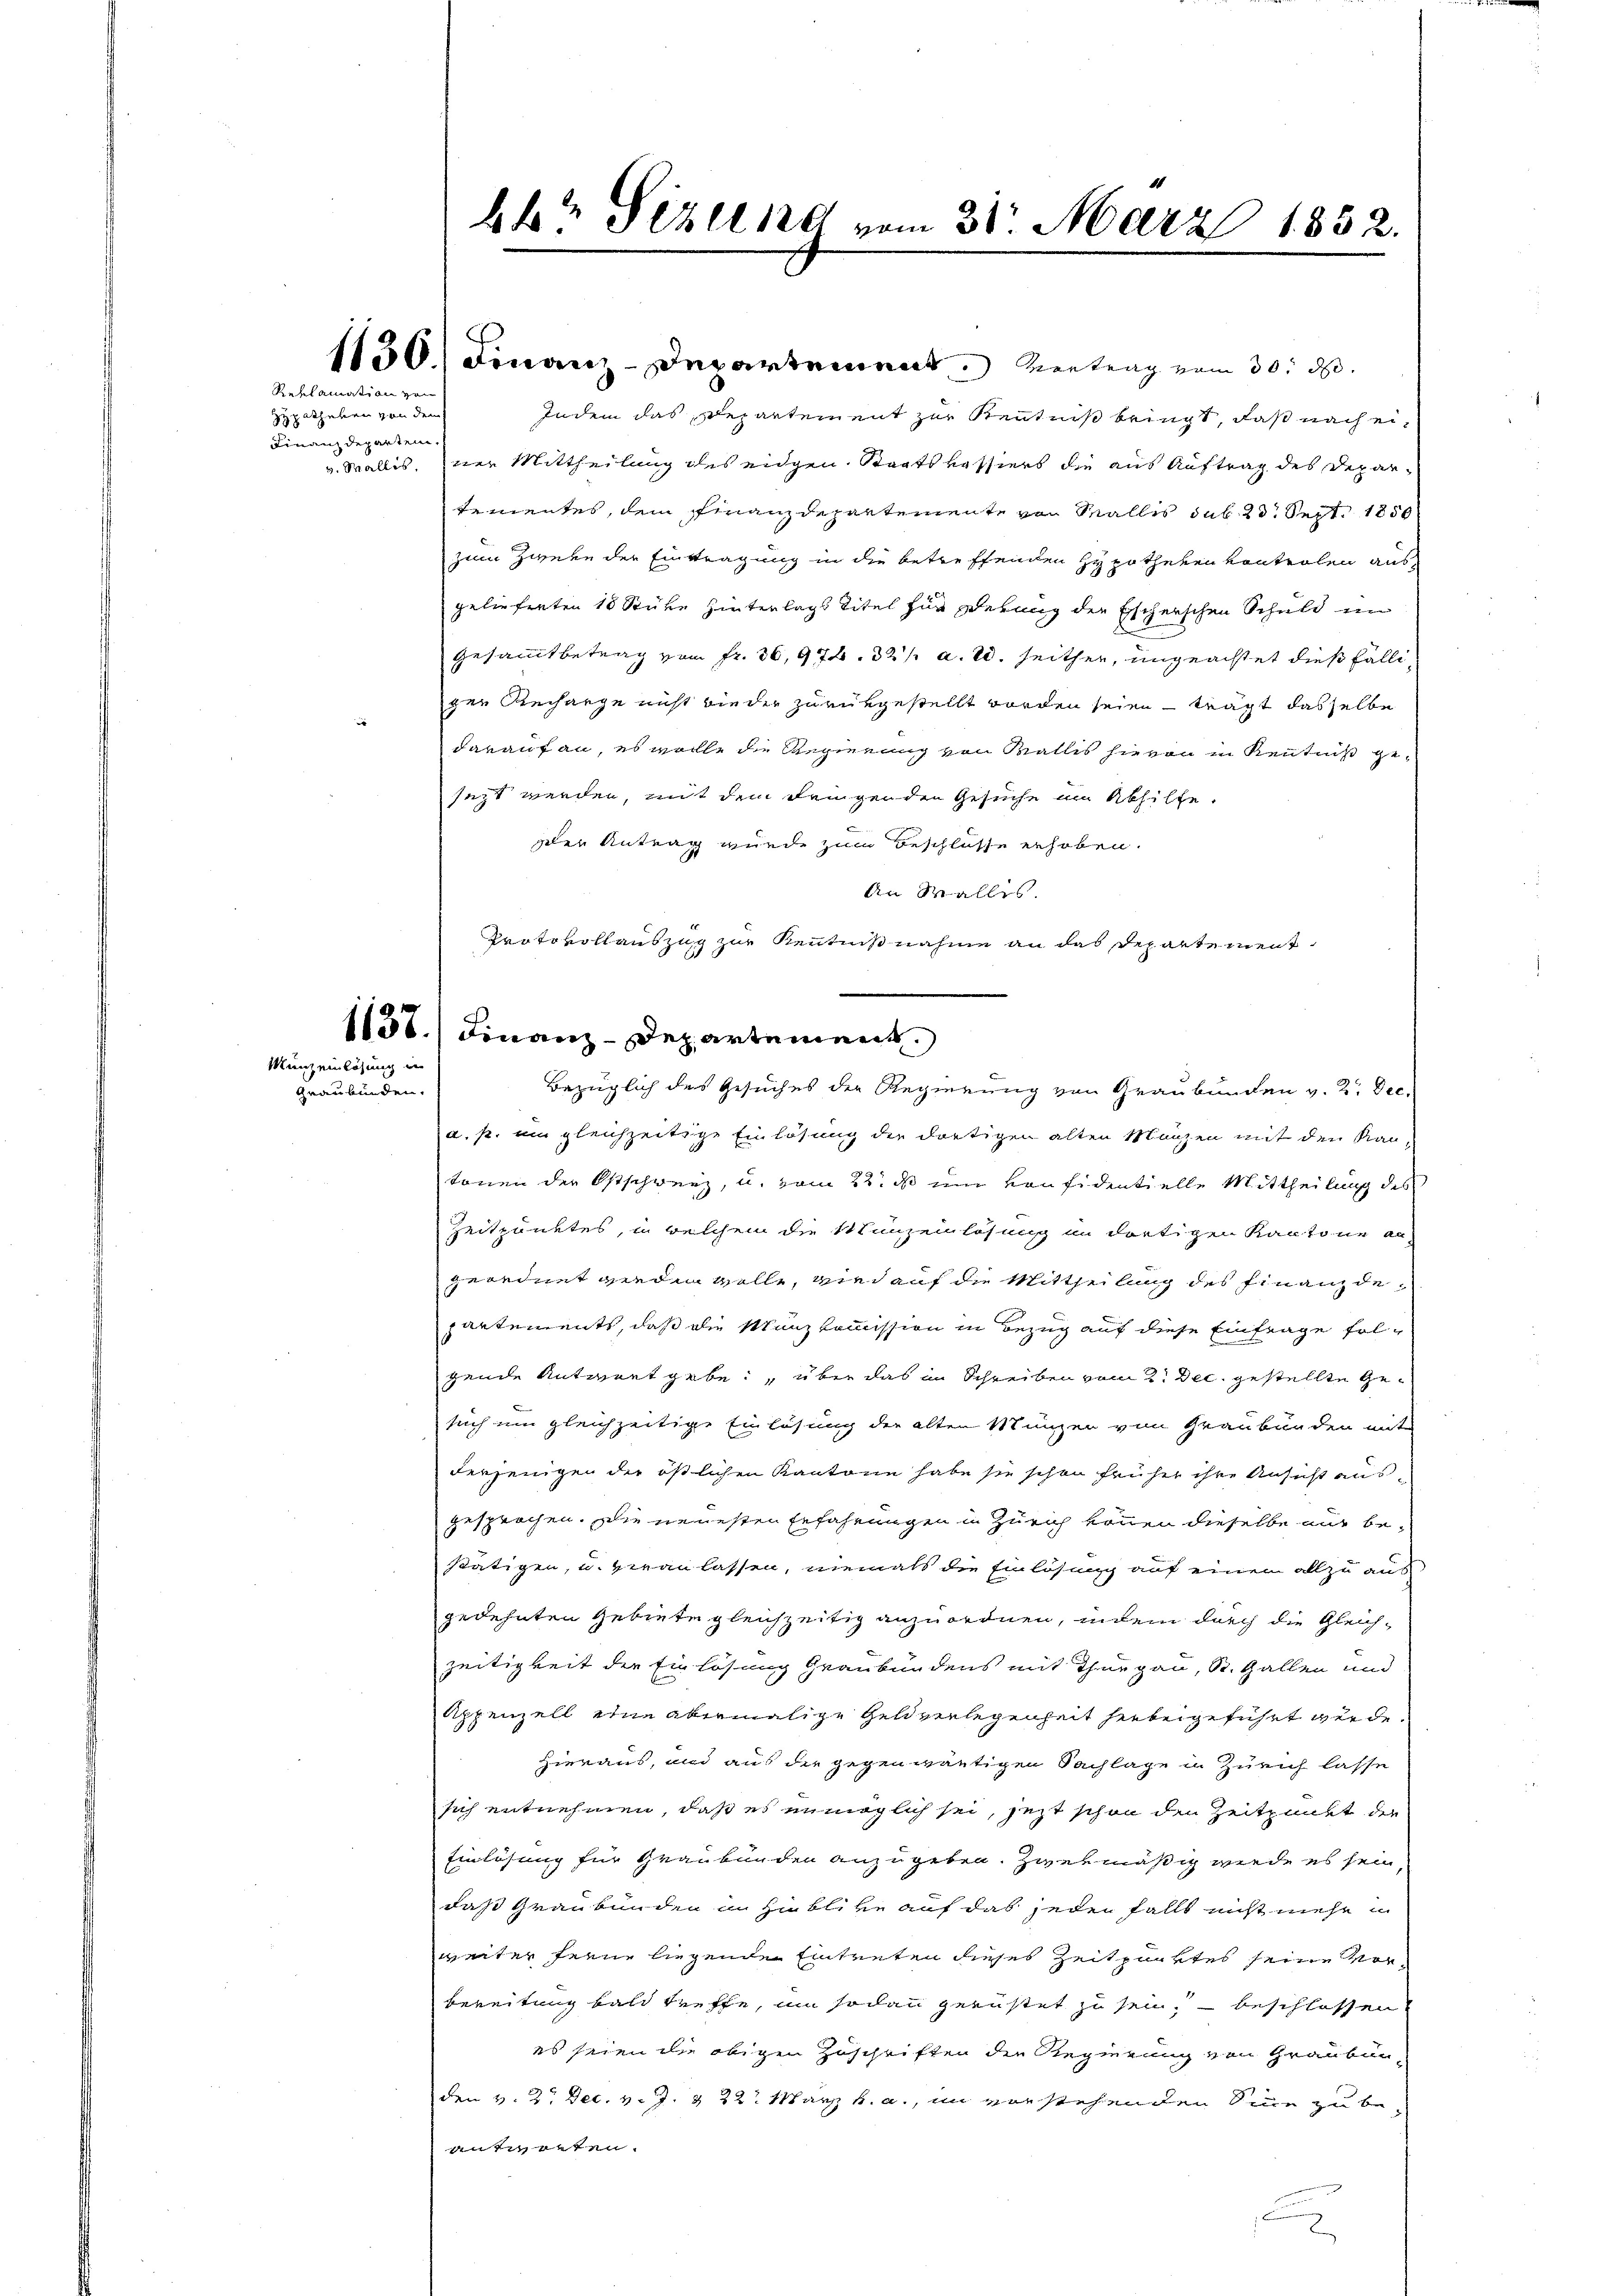
zypotheken von dem
Finanzdeparten

Graubünden.

Reklamation zu

Münz einlösung in

ber Fehlend vom 31. März 1852.

Indem das Departement zur Kenntniß bringt, daß nach eiv. Wallis, ner Mittheilung des eidgen. Staatskassiers die aus Auftrag des Departementes, dem Finanzdepartemente von Wallis sub. 23. Sept. 1850
zum Zweke der Eintragung in die betreffenden Hypotheken vontrolen ausgelieferten 18 Stücke hinterlags Titel für gerung der Escherschen Schuld im
Gesammtbetrag vom fr. 36,97. 32 / a. W. seither, ungeachtet dießfälli
gen Recharge nicht wieder zurükgestellt worden seien - wagt dasselbe
darauf an, es wolle die Regierung von Wallis hievon in Kenntniß gesezt werden, mit dem dengenden Gesuche am Abhilfe.
der Antrag wurde zum Beschlüsse erhoben.
An Wallis.
Protokollauszug zur Kenntnißnahme an das Departement
1138.) Finanz-Departement.
a. p. um gleichzeitige Einlösung der dortigen alten Manzen mit den Kantönen der Ostschweiz, u. vom 22. ds um Konfidentielle Mittheilung des
Zeitpunktes, in welchem die Munzeinlösung im dortigen Kantone an-
geordnet werden wolle, wird auf die Mittheilung des Finanzdepartements, daß die Münzkommission in Bezug auf diese Einfrage fol-
gende Antwort gebe, über das in Schreiben vom 2. Dec. gestellte Gesich um gleichzeitige Einlösung der alten Münzen von Graubünden mit
derjenigen der östlichen Kantone habe sie schon früher ihre Ansicht ausgesprochen. Die neuesten Erfahrungen in Zürich können dieselbe nur bestätigen, u. veranlassen, niemals die Einlösung auf einen allzu aus-
gedehnten Gebiete gleichzeitig anzuordnen, indem durch die Gleich-
zeitigkeit der Einlösung Graubündens mit Thurgau, St. Gallen und
Appenzell eine abermalige Geldverlegenheit hiebeigeführt wurde.
Hieraus, und aus die gegenwärtigen Sachlage in Zürich lasse
sich entnehmen, daß es unmöglich sei, jezt schon den Zeitpunkt die
Einlösung für Graubünden anzugeben. Zwekmäßig werde es sein
das Graubünden in Hinblive auf das jeden falls nicht mehr
weiter ferne liegenden Eintreten dieses Zeitpunktes seine Vor-
bereitung bald treffe, um sodann gerüstet zu sein, beschlossen.
es seien die obigen Zuschriften die Regierung von Graubünden v. 2. Dec. v. J. & 22. März v. a., im vorstehenden Sinne zu beantreten.
.

1130) Finanz-Departement. Vertrag vom 30. d.

Bezüglich des Gesuches der Regierung von Graubünden v. 2. Dec.